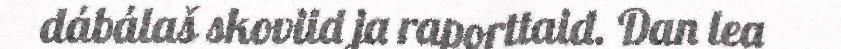
dábálaš skoviid ja raporttaid. Dan lea